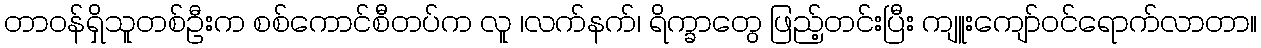
တာဝန်ရှိသူတစ်ဦးက စစ်ကောင်စီတပ်က လူ ၊လက်နက်၊ ရိက္ခာတွေ ဖြည့်တင်းပြီး ကျူးကျော်ဝင်ရောက်လာတာ။